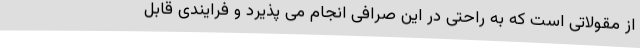
از مقولاتی است که به راحتی در این صرافی انجام می پذیرد و فرایندی قابل